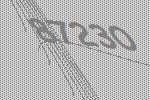
87230